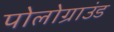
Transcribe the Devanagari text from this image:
पोलोग्राउंड